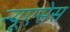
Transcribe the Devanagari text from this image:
न्यूएसेस